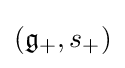
({\mathfrak {g}}_{+},s_{+})